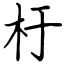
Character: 杅